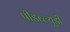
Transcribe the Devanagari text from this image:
पीडब्‍ल्‍यूडी